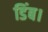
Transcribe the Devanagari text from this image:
डिंब।